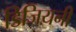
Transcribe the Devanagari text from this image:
डिजियनी